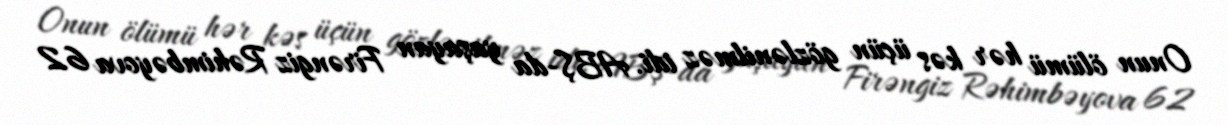
Onun ölümü hər kəs üçün gözlənilməz idi. ABŞ-da yaşayan Firəngiz Rəhimbəyova 62